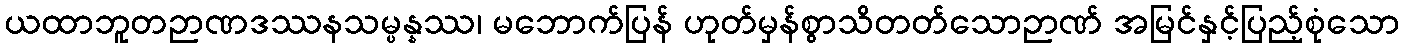
ယထာဘူတဉာဏဒဿနသမ္ပန္နဿ၊ မဘောက်ပြန် ဟုတ်မှန်စွာသိတတ်သောဉာဏ် အမြင်နှင့်ပြည့်စုံသော